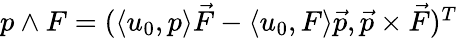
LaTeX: \begin{array}{r}{p\wedge F=(\langle u_{0},p\rangle\vec{F}-\langle u_{0},F\rangle\vec{p},\vec{p}\times\vec{F})^{T}}\end{array}